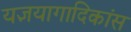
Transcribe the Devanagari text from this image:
यज्ञयागादिकांस